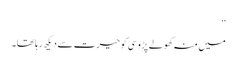
‘‘
میں منہ کھولے پڑوسی کو حیرت سے دیکھ رہا تھا۔